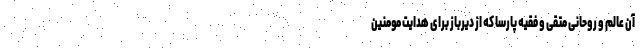
آن عالم و روحانی متقی و فقیه پارسا که از دیرباز برای هدایت مومنین